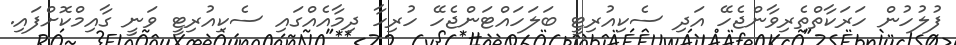
ފުލުހުން ހަރަކާތްތެރިވާންޖެހޭ އަދި ސެކިއުރިޓީ ބަލަހައްޓަންޖެހޭ ހުރިހާ ދިމާއެއްގައި ސެކިއުރިޓީ ވަނީ ގާއިމްކޮށްފައި.